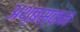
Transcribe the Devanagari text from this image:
अथ्बस्कन